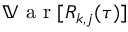
\mathbb { V } \textrm { a r } [ R _ { k , j } ( \tau ) ]